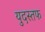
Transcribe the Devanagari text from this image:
युदस्तफ